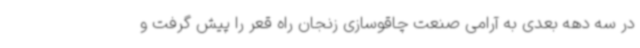
در سه دهه بعدی به آرامی صنعت چاقوسازی زنجان راه قعر را پیش گرفت و